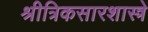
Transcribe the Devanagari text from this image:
श्रीत्रिकसारशास्त्रे